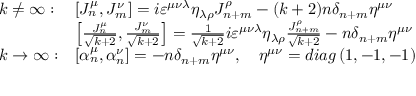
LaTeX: \begin{array} { l l } { { k \neq \infty : } } & { { \left[ J _ { n } ^ { \mu } , J _ { m } ^ { \nu } \right] = i \varepsilon ^ { \mu \nu \lambda } \eta _ { \lambda \rho } J _ { n + m } ^ { \rho } - ( k + 2 ) n \delta _ { n + m } \eta ^ { \mu \nu } } } \\ { { } } & { { \left[ \frac { J _ { n } ^ { \mu } } { \sqrt { k + 2 } } , \frac { J _ { m } ^ { \nu } } { \sqrt { k + 2 } } \right] = \frac 1 { \sqrt { k + 2 } } i \varepsilon ^ { \mu \nu \lambda } \eta _ { \lambda \rho } \frac { J _ { n + m } ^ { \rho } } { \sqrt { k + 2 } } - n \delta _ { n + m } \eta ^ { \mu \nu } } } \\ { { k \rightarrow \infty : } } & { { \left[ \alpha _ { n } ^ { \mu } , \alpha _ { n } ^ { \nu } \right] = - n \delta _ { n + m } \eta ^ { \mu \nu } , \quad \eta ^ { \mu \nu } = d i a g \left( 1 , - 1 , - 1 \right) } } \end{array}